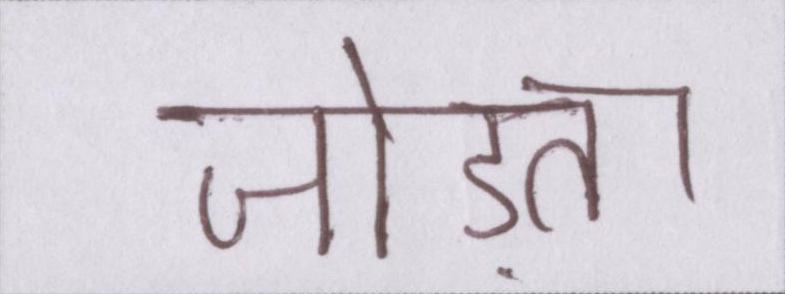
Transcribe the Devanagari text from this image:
जोड़ता